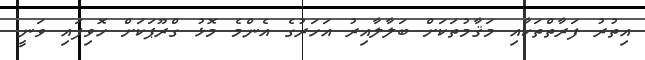
އިތުރު ފަރާތްތަކާއި މަޤާމުތަކަށް ބަލާލާއިރު އަހަރުގެ އެންމެ މޮޅު ގްރޫޕަކަށް ހޮވިފައި ވަނީ